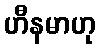
ဟီနမာဟု